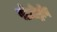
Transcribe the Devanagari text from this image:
पोज़ीट्रॉन